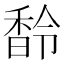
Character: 𩡁